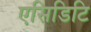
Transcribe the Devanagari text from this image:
एसिडिटि